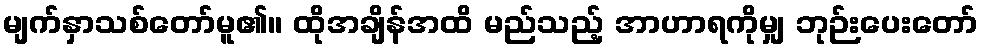
မျက်နှာသစ်တော်မူ၏။ ထိုအချိန်အထိ မည်သည့် အာဟာရကိုမျှ ဘုဉ်းပေးတော်